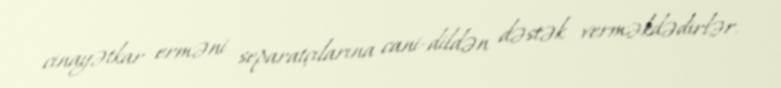
cinayətkar erməni separatçılarına cani-dildən dəstək verməkdədirlər.